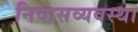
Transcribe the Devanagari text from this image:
निवासव्यवस्था